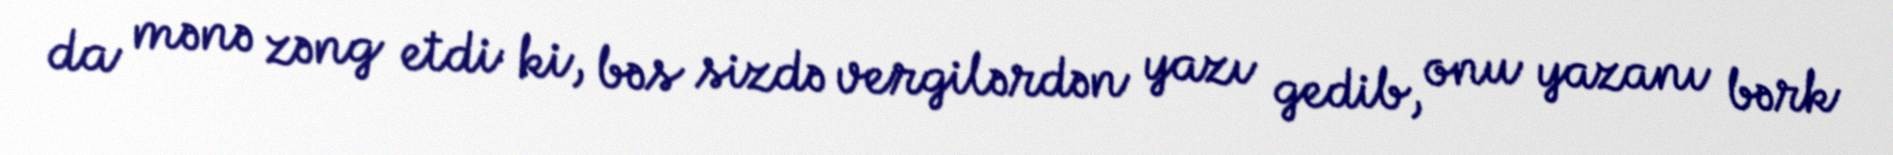
da mənə zəng etdi ki, bəs sizdə vergilərdən yazı gedib, onu yazanı bərk